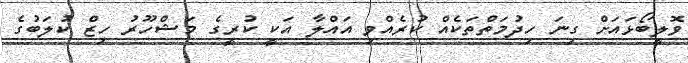
ވޮލީބޯޅައަށް ގިނަ ހިދުމަތްތަކެއް ކުރެއްވި އައްލާ އަކީ ކުރީގެ މަޝްހޫރު ހިޒް ކުލަބުގެ